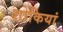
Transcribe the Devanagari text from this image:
शोकियां